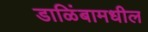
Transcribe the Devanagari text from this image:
डाळिंबामधील